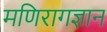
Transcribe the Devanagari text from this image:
मणिरागज्ञान